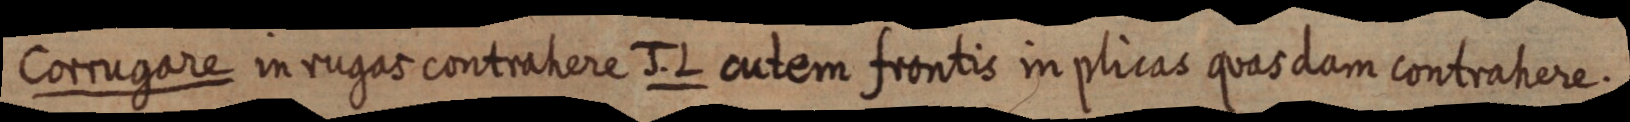
Corrugare in rugas contrahere J. L cutem frontis in plicas quas dam contrahere.